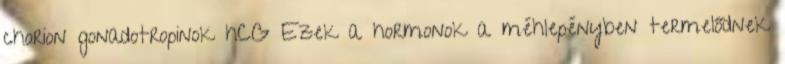
chorion gonadotropinok hCG Ezek a hormonok a méhlepényben termelődnek